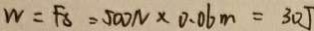
W = F _ { s } = 5 0 0 N \times 0 . 0 6 m = 3 0 J